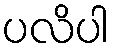
ပလိပါ